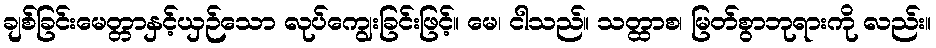
ချစ်ခြင်းမေတ္တာနှင့်ယှဉ်သော လုပ်ကျွေးခြင်းဖြင့်။ မေ၊ ငါသည်။ သတ္ထာစ၊ မြတ်စွာဘုရားကို လည်း။